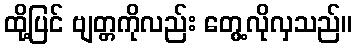
ထို့ပြင် ဗျတ္တကိုလည်း တွေ့လိုလှသည်။